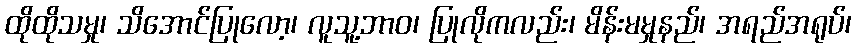
ထိုထိုသမှု၊ သိအောင်ပြုလော့၊ လူသူ့ဘာဝ၊ ပြုလိုကလည်း၊ မိန်းမမှုနည်၊ အရည်အရုပ်၊